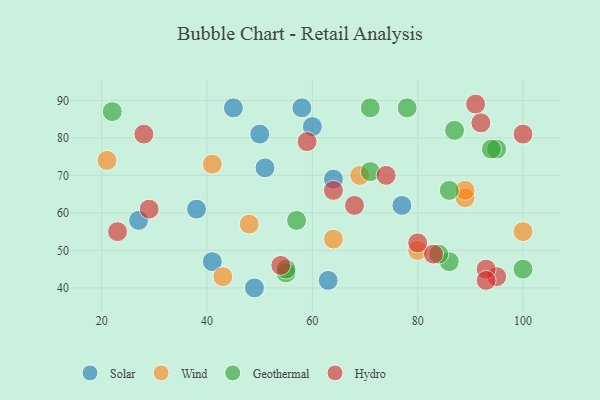
{"axis": {"x": "GDP", "y": "Life Expectancy"}, "legend": ["Geothermal", "Hydro", "Solar", "Wind"], "data": [{"x": "50", "y": 81, "type": "Solar"}, {"x": "38", "y": 61, "type": "Solar"}, {"x": "49", "y": 40, "type": "Solar"}, {"x": "45", "y": 88, "type": "Solar"}, {"x": "63", "y": 42, "type": "Solar"}, {"x": "51", "y": 72, "type": "Solar"}, {"x": "64", "y": 69, "type": "Solar"}, {"x": "41", "y": 47, "type": "Solar"}, {"x": "27", "y": 58, "type": "Solar"}, {"x": "77", "y": 62, "type": "Solar"}, {"x": "58", "y": 88, "type": "Solar"}, {"x": "60", "y": 83, "type": "Solar"}, {"x": "48", "y": 57, "type": "Wind"}, {"x": "69", "y": 70, "type": "Wind"}, {"x": "64", "y": 53, "type": "Wind"}, {"x": "89", "y": 64, "type": "Wind"}, {"x": "43", "y": 43, "type": "Wind"}, {"x": "41", "y": 73, "type": "Wind"}, {"x": "80", "y": 50, "type": "Wind"}, {"x": "89", "y": 66, "type": "Wind"}, {"x": "21", "y": 74, "type": "Wind"}, {"x": "100", "y": 55, "type": "Wind"}, {"x": "22", "y": 87, "type": "Geothermal"}, {"x": "86", "y": 47, "type": "Geothermal"}, {"x": "55", "y": 44, "type": "Geothermal"}, {"x": "86", "y": 66, "type": "Geothermal"}, {"x": "78", "y": 88, "type": "Geothermal"}, {"x": "95", "y": 77, "type": "Geothermal"}, {"x": "94", "y": 77, "type": "Geothermal"}, {"x": "87", "y": 82, "type": "Geothermal"}, {"x": "100", "y": 45, "type": "Geothermal"}, {"x": "84", "y": 49, "type": "Geothermal"}, {"x": "71", "y": 88, "type": "Geothermal"}, {"x": "71", "y": 71, "type": "Geothermal"}, {"x": "57", "y": 58, "type": "Geothermal"}, {"x": "55", "y": 45, "type": "Geothermal"}, {"x": "83", "y": 49, "type": "Hydro"}, {"x": "95", "y": 43, "type": "Hydro"}, {"x": "74", "y": 70, "type": "Hydro"}, {"x": "64", "y": 66, "type": "Hydro"}, {"x": "68", "y": 62, "type": "Hydro"}, {"x": "54", "y": 46, "type": "Hydro"}, {"x": "28", "y": 81, "type": "Hydro"}, {"x": "59", "y": 79, "type": "Hydro"}, {"x": "91", "y": 89, "type": "Hydro"}, {"x": "93", "y": 45, "type": "Hydro"}, {"x": "100", "y": 81, "type": "Hydro"}, {"x": "93", "y": 42, "type": "Hydro"}, {"x": "92", "y": 84, "type": "Hydro"}, {"x": "29", "y": 61, "type": "Hydro"}, {"x": "23", "y": 55, "type": "Hydro"}, {"x": "80", "y": 52, "type": "Hydro"}]}